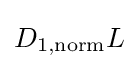
D_{1,\mathrm {norm} }L